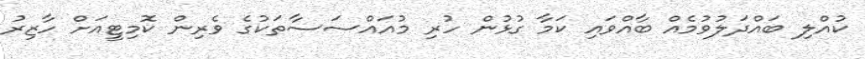
ކުއްލި ބައްދަލުވުމެއް ބާއްވައި ކަމާ ގުޅުން ހުރި މުއައްސަސާތަކުގެ ވެރިން ކޮމިޓީއަށް ހާޒިރު